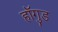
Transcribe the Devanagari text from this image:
हॉगुड